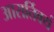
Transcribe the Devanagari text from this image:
आरार्तिक्यं